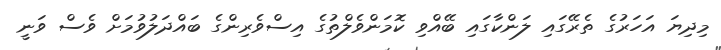
މިދިޔަ އަހަރުގެ ތެރޭގައި ލަންކާގައި ބޭއްވި ކޮމަންވެލްތުގެ އިސްވެރިންގެ ބައްދަލުވުމަށް ވެސް ވަނީ